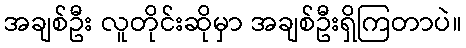
အချစ်ဦး လူတိုင်းဆိုမှာ အချစ်ဦးရှိကြတာပဲ။